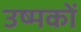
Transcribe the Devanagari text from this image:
उष्मकों